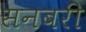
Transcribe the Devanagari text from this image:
सनबरी